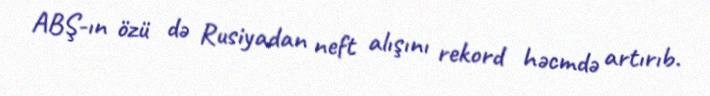
ABŞ-ın özü də Rusiyadan neft alışını rekord həcmdə artırıb.